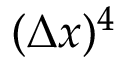
( \Delta x ) ^ { 4 }